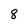
Character: 8